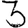
Digit: 3